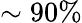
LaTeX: \sim 90\%